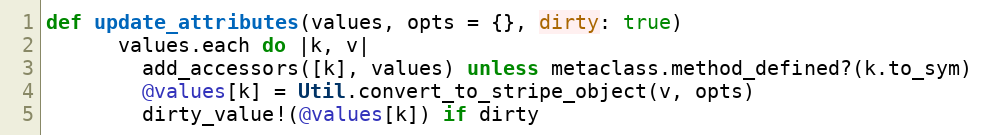
Language: Ruby
def update_attributes(values, opts = {}, dirty: true)
      values.each do |k, v|
        add_accessors([k], values) unless metaclass.method_defined?(k.to_sym)
        @values[k] = Util.convert_to_stripe_object(v, opts)
        dirty_value!(@values[k]) if dirty